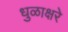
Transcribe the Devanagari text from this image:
धुळाक्षरे